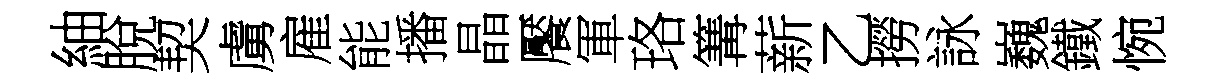
紬脫契虜雇能播晶饜軍珞篝薪乙撈詠巍鐵惋